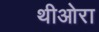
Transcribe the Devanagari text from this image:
थीओरा